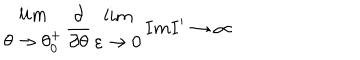
\begin{array} { c } { { l i m } } \\ { { \theta \rightarrow \theta _ { 0 } ^ { + } } } \\ \end{array} \frac { \partial } { \partial \theta } \begin{array} { c } { { l i m } } \\ { { \varepsilon \rightarrow 0 } } \\ \end{array} I m I ^ { \prime } \rightarrow \infty